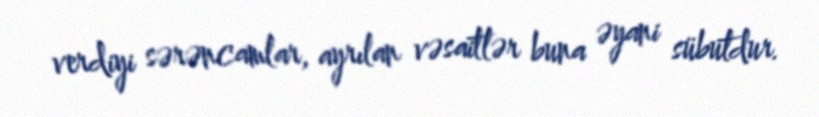
verdiyi sərəncamlar, ayrılan vəsaitlər buna əyani sübutdur.